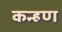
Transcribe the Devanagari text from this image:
कन्हण